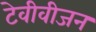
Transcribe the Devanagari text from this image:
टेवीवीजन